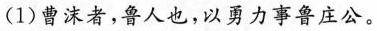
(1) 曹沫者，鲁人也，以勇力事鲁庄公。